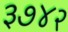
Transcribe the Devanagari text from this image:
३७४२